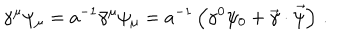
\gamma ^ { \mu } \psi _ { \mu } = a ^ { - 1 } \bar { \gamma } ^ { \mu } \psi _ { \mu } = a ^ { - 1 } \left( \gamma ^ { 0 } \psi _ { 0 } + \vec { \gamma } \cdot \vec { \psi } \right) \, .